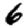
Digit: 6